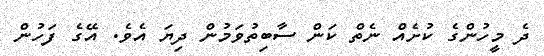
ދެ މީހުންގެ ކުށެއް ނެތް ކަން ސާބިތުވަމުން ދިޔަ އެވެ. އޭގެ ފަހުން